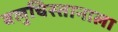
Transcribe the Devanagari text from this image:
बलुचिस्तानाला